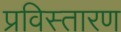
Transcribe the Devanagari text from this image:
प्रविस्तारण